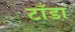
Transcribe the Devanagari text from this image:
टाँडा